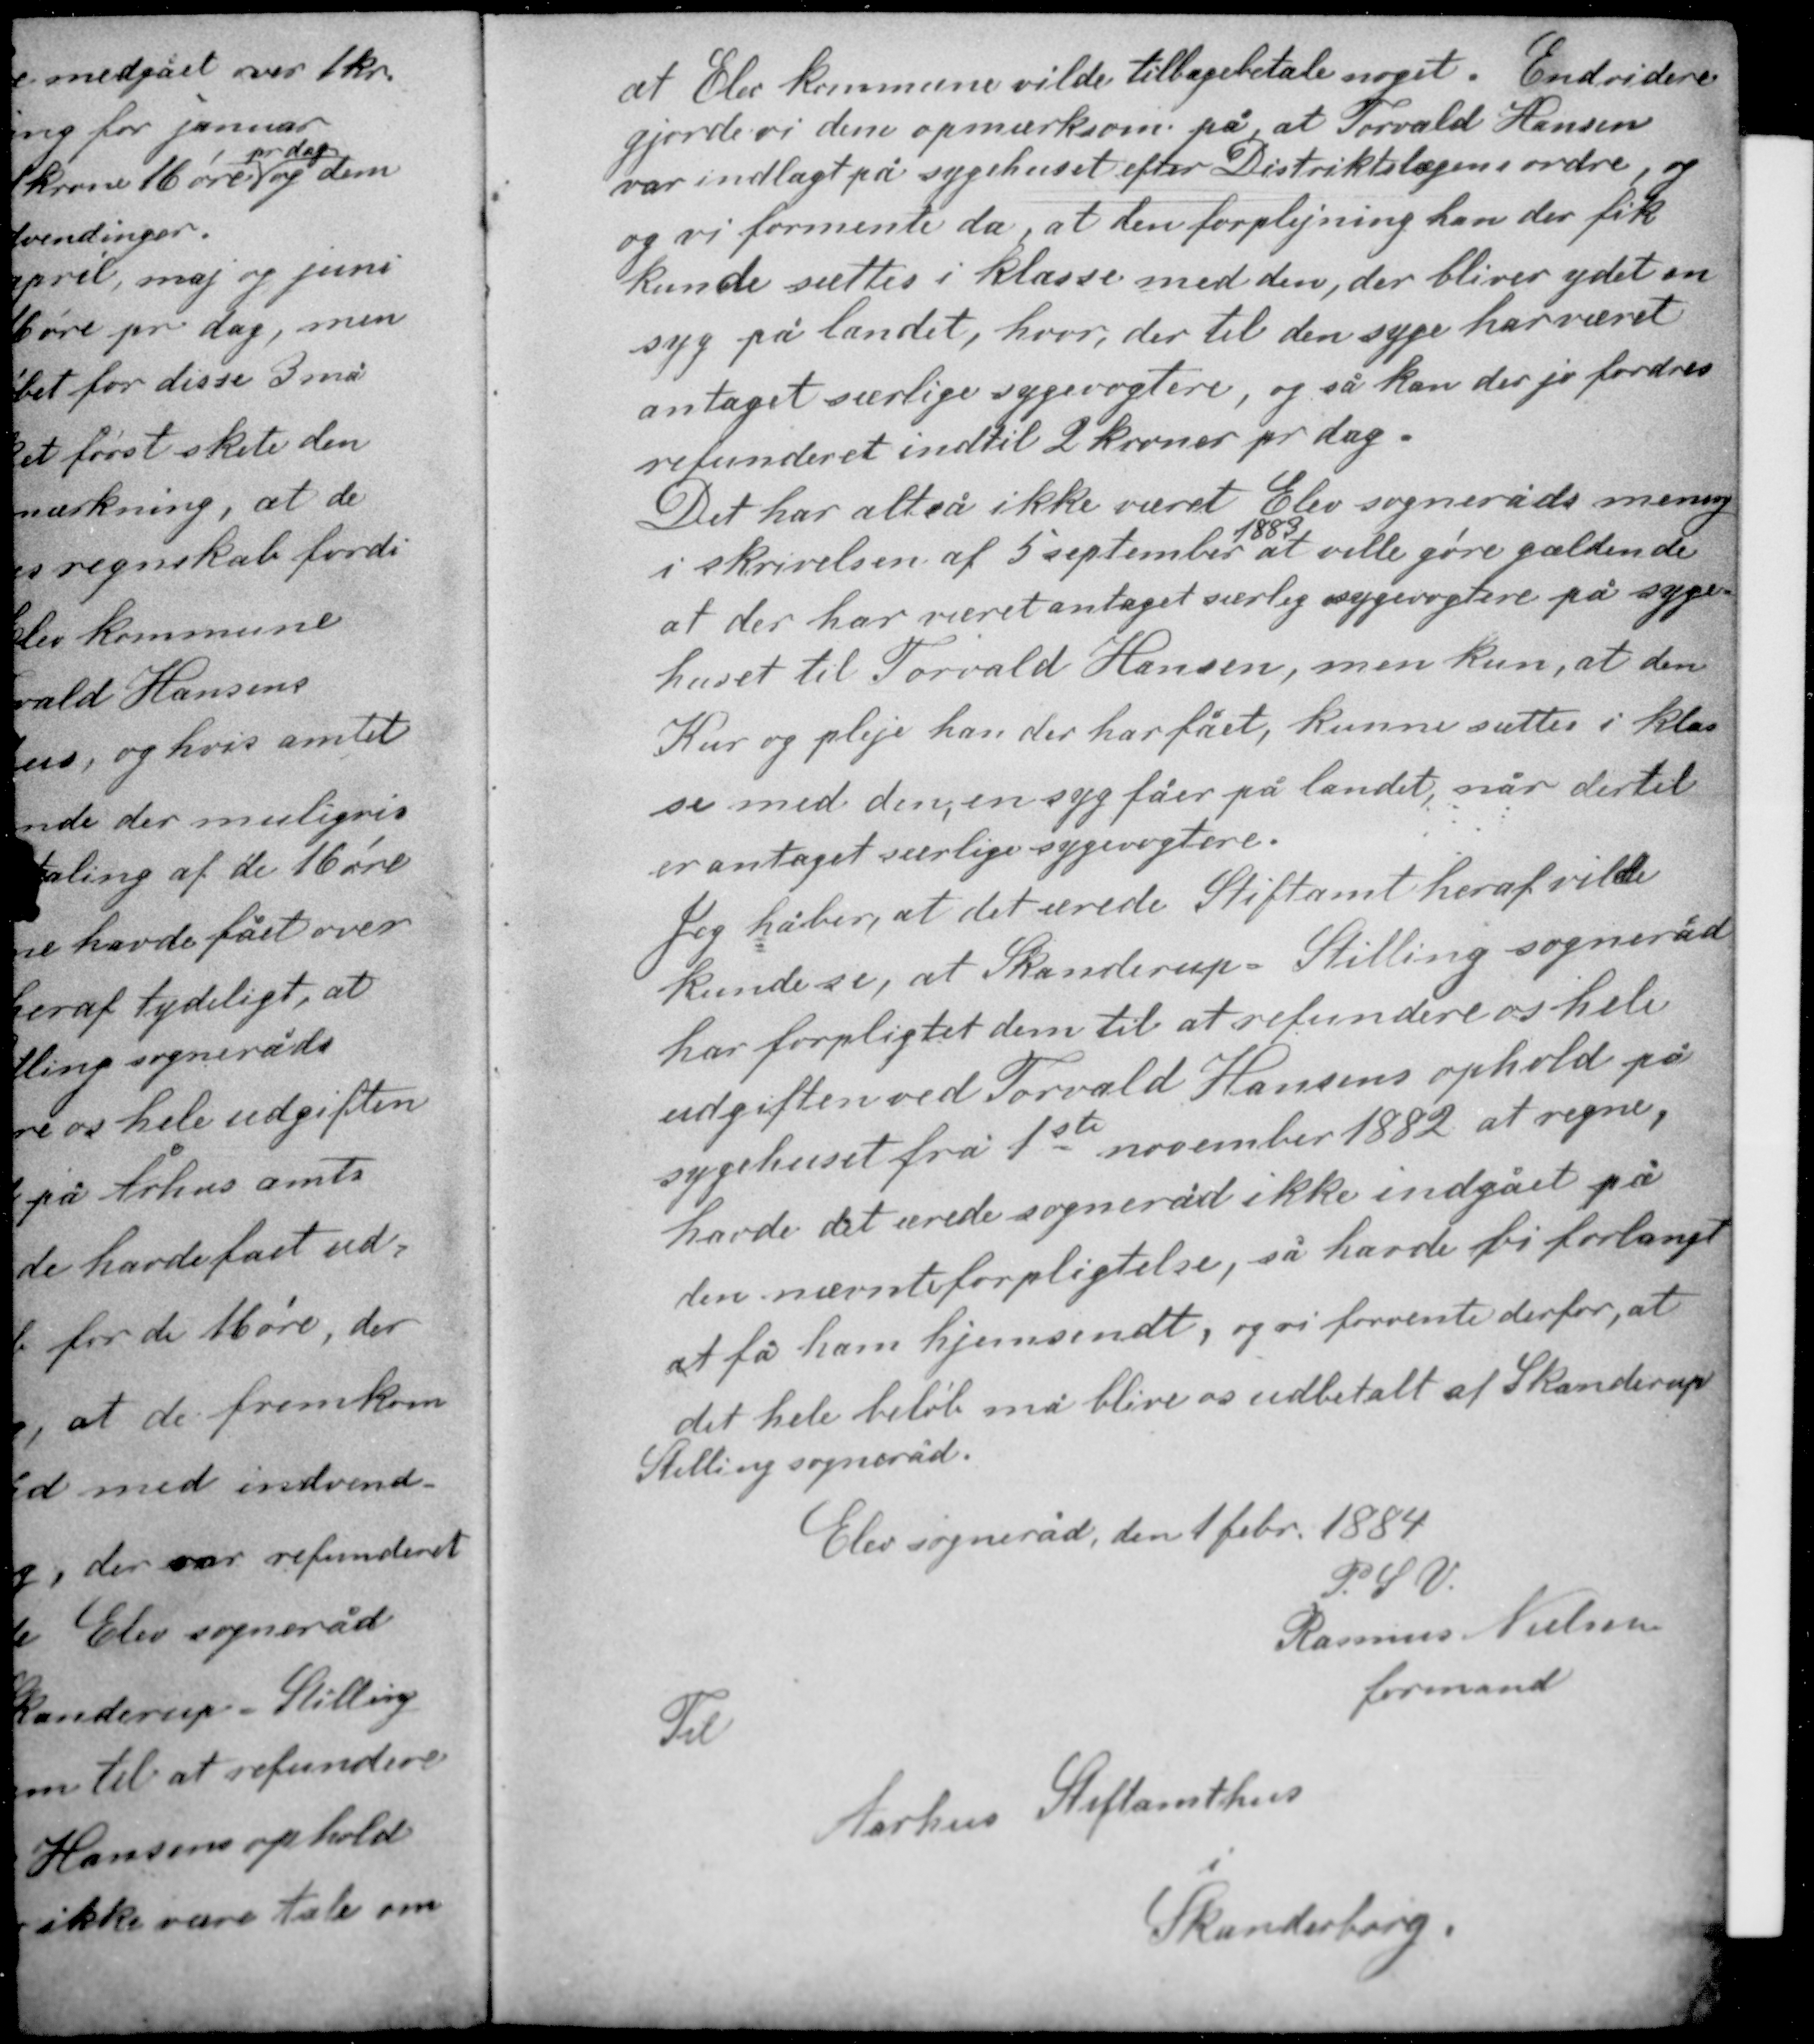
Transskription:
at Elev kommune vilde tilbagebetale noget. Endvidere
gjorde vi dem opmærksom på, at Torvald Hansen
var indlagt på sygehuset efter Distriktlægens ordre, og
og vi formente da, at den forplejning han der fik
kunde sættes i klasse med den, der bliver ydet en
syg på landet, hvor der til den syge har været
antaget særlige sygevogtere, og så kan der jo fordres
refunderet indtil 2 kroner pr dag.

Det har altså ikke været Elev sogneråds mening
1883
i skrivelsen af 5 september at ville gøre gældende
at der har været antaget særlig sygevogtere på syge-
huset til Torvald Hansen, men kun, at den
Kur og pleje han der har fået, kunne sættes i klas-
se med den en syg fåer på landet, når dertil
er antaget særlige sygevogtere.

Jeg håber, at det ærede Stiftamt heraf vilde
kunde se, at Skanderup - Stilling sogneråd
har forpligtet dem til at refundere os hele
udgiften ved Torvald Hansens ophold på
sygehuset fra 1ste november 1882 at regne,
havde det ærede sogneråd ikke indgået på
den nævnte forpligtelse, så havde vi forlangt
at få ham hjemsendt, og vi forvente derfor, at
det hele beløb må blive os udbetalt af Skanderup
Stilling sogneråd

Elev sogneråd den 1 febr. 1884
P.S.V.
Rasmus Nielsen
formand

Til
Aarhus Stiftamthus
Skanderborg